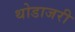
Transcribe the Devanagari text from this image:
थोडाजरी